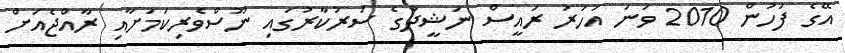
އޭގެ ފަހުން 2010 ވަނަ އަހަރު ރައީސް ނަޝީދުގެ ސަރުކާރުގައި ނޫސްވެރިކަމަށާއި ރާއްޖެއަށް